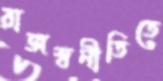
রাজস্বনীতিতে